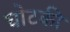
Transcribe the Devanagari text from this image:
घोटकी